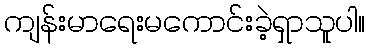
ကျန်းမာရေးမကောင်းခဲ့ရှာသူပါ။